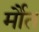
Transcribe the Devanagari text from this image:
र्मौत